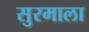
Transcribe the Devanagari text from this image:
सुरमाला